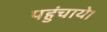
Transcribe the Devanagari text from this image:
पहुंचाये।